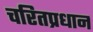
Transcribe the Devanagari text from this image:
चरितप्रधान